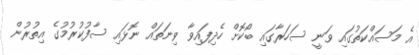
އެ މަސައްކަތުގައި ވަނީ ސަހަރާގައި ބޯކޮށް ހެދިފައިވާ ވިނަތައް ނޮޅައި ސާފުކުރުމުގެ އިތުރުން